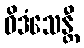
ဝိဒံသေန္တီ